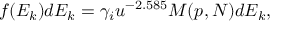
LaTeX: f ( E _ { k } ) d E _ { k } = \gamma _ { i } u ^ { - 2 . 5 8 5 } M ( p , N ) d E _ { k } ,